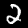
Label: 2